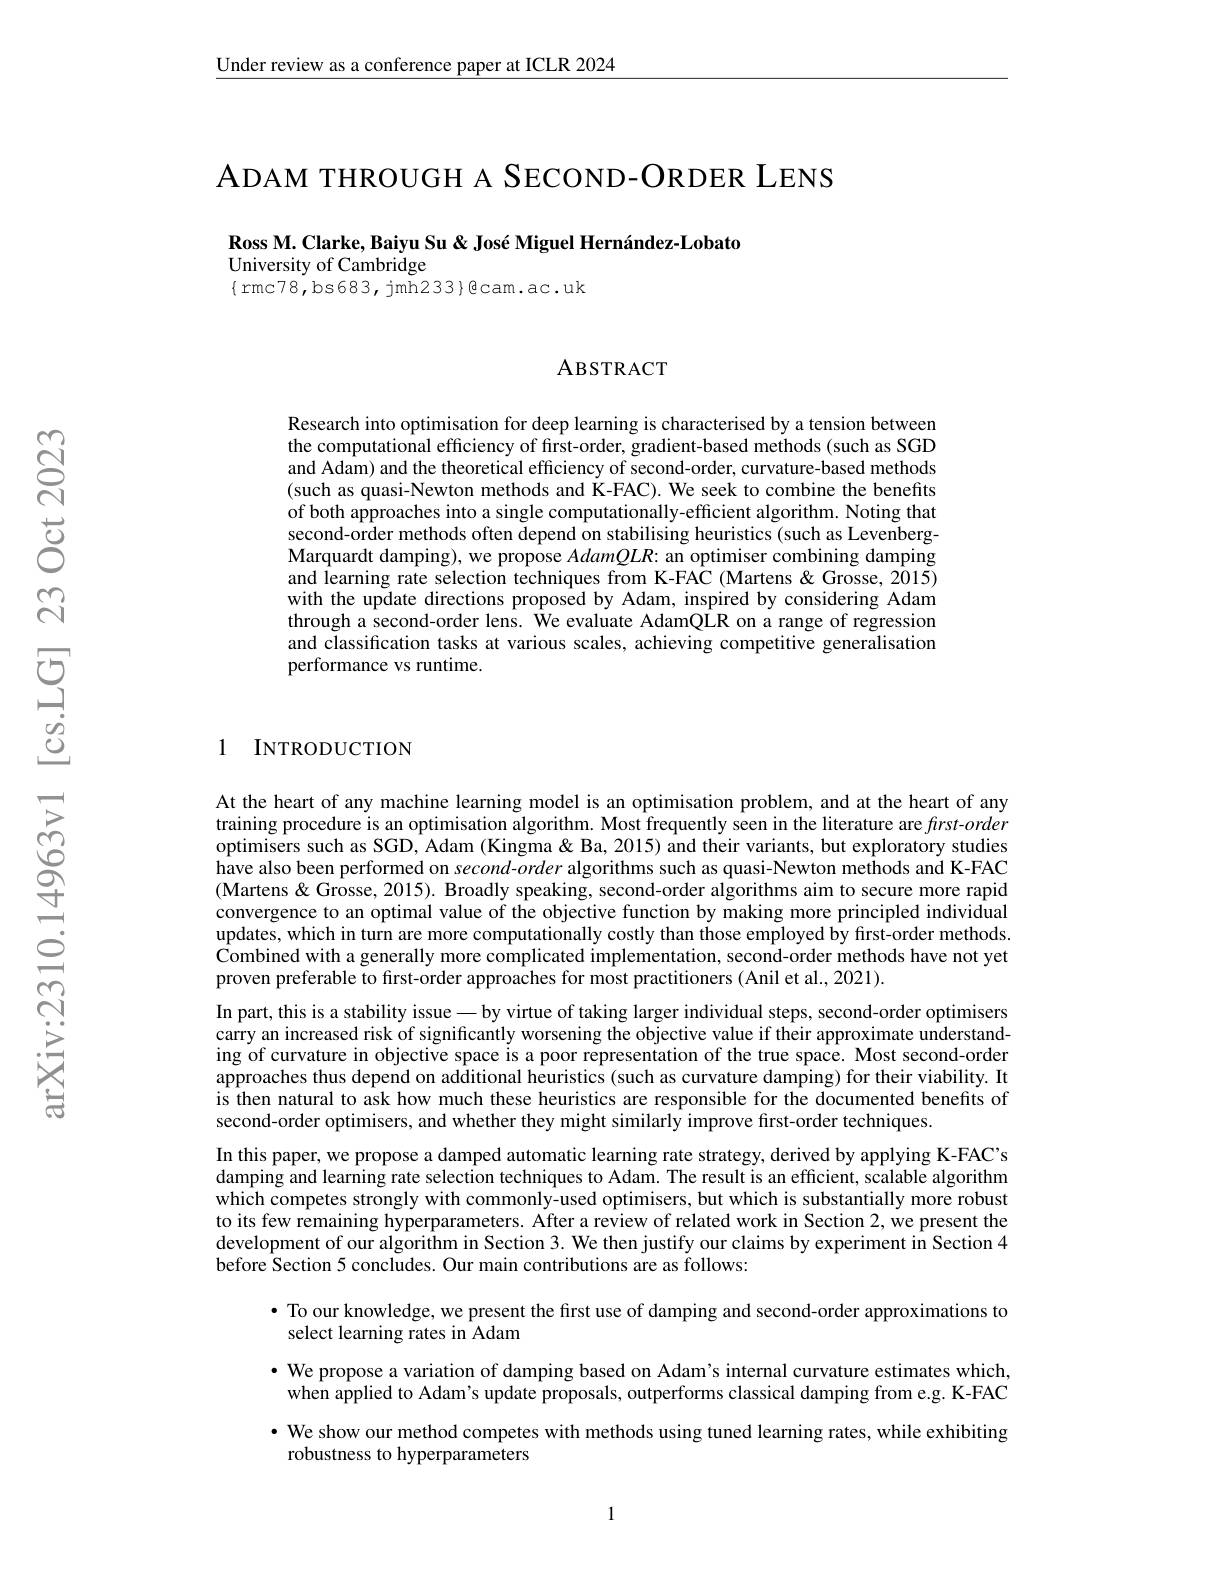
Under review as a conference paper at ICLR 2024

ADAM THROUGH A SECOND-ORDER LENS

Ross M. Clarke, Baiyu Su & José Miguel Hernández-Lobato
University of Cambridge
$\{$rmc78,bs683,jmh233}Bcam.ac.uk

ABSTRACT

Research into optimisation for deep learning is characterised by a tension between the computational efficiency of first-order, gradient-based methods (such as SGD and Adam) and the theoretical efficiency of second-order, curvature-based methods (such as quasi-Newton methods and K-FAC). We seek to combine the benefits of both approaches into a single computationally-effcient algorithm. Noting that second-order methods often depend on stabilising heuristics (such as LevenbergMarquardt damping), we propose $AdamQLR:$ an optimiser combining damping and learning rate selection techniques from K-FAC (Martens&Grosse, 2015) with the update directions proposed by Adam, inspired by considering Adam through a second-order lens. Ôe evaluate AdamQLR on a range of regression and classification tasks at various scales, achieving competitive generalisation performance vs runtime.

1 INTRODUCTION

At the heart of any machine learning model is an optimisation problem, and at the heart of any training procedure is an optimisation algorithm. Most frequently seen in the literature are $first-order$ optimisers such as SGD, Adam (Kingma & Ba, 2015) and their variants, but exploratory studies have also been performed on second-order algorithms such as quasi-Newton methods and K-FAC $\hat{\text{(Martens\"{<}\&\text{Grosse,2015).Broadlyspeaking,second-orderalgorithmsaimtosecuremorerapid}}}$ convergence to an optimal value of the objective function by making more principled individual updates, which in turn are more computationally costly than those employed by first-order methods. Combined with a generally more complicated implementation, second-order methods have not yet proven preferable to first-order approaches for most practitioners (Anil et al., 2021).
In part, this is a stability issue\_ by virtue of taking larger individual steps, second-order optimisers carry an increased risk of significantly worsening the objective value if their approximate understanding of curvature in objective space is a poor representation of the true space. Most second-order approaches thus depend on additional heuristics (such as curvature damping) for their viability. It is then natural to ask how much these heuristics are responsible for the documented benefits of second-order optimisers, and whether they might similarly improve first-order techniques.
In this paper, we propose a damped automatic learning rate strategy, derived by applying K-FAC's damping and learning rate selection techniques to Adam. The result is an efficient, scalable algorithm which competes strongly with commonly-used optimisers, but which is substantially more robust to its few remaining hyperparameters. After a review of related work in Section 2, we present the development of our algorithm in Section 3. We then justify our claims by experiment in Section 4 before Section 5 concludes. Our main contributions are as follows:

· To our knowledge, we present the first use of damping and second-order approximations to
## select learning rates in Adam

$\bullet$ We propose a variation of damping based on Adam's internal curvature estimates which, when applied to Adam's update proposals, outperforms classical damping from e.g. K-FAC
$\cdot$ We show our method competes with methods using tuned learning rates, while exhibiting
robustness to hyperparameters

1